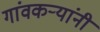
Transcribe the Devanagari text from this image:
गांवकऱ्यांनी